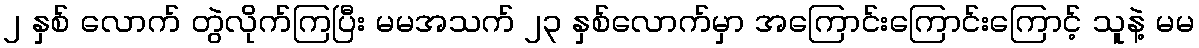
၂ နှစ် လောက် တွဲလိုက်ကြပြီး မမအသက် ၂၃ နှစ်လောက်မှာ အကြောင်းကြောင်းကြောင့် သူနဲ့ မမ